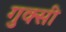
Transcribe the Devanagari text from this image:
गुक्सी